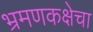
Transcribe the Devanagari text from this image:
भ्रमणकक्षेचा